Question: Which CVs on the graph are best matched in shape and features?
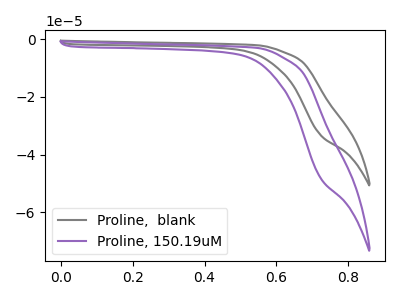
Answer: <think>The gray curve "Proline,  blank" has no peaks. The purple curve "Proline, 150.19uM" has no peaks.
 Neither "Proline,  blank" or "Proline, 150.19uM" have any peaks.</think>
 <answer>"Proline, 150.19uM" and "Proline,  blank" have the same shape and are likely CV's of the same chemical.</answer>
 <eval>"Proline, 150.19uM" "Proline,  blank"</eval>